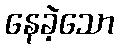
နေခဲ့သော